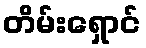
တိမ်းရှောင်